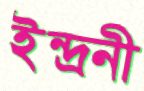
ইন্দ্রনী